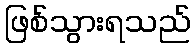
ဖြစ်သွားရသည်